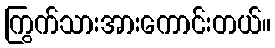
ကြွက်သားအားကောင်းတယ်။